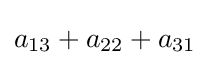
a_{13}+a_{22}+a_{31}